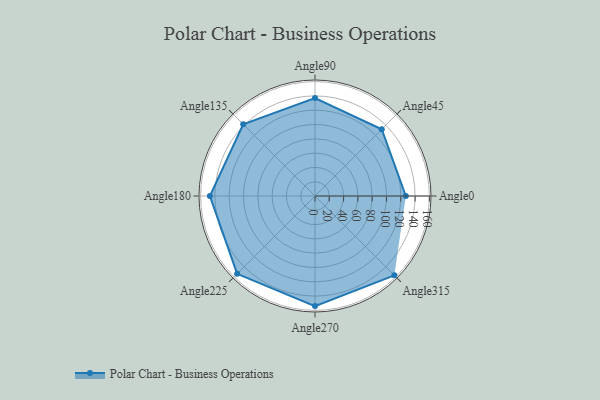
{"axis": {"x": "Angle", "y": "Radius"}, "legend": [""], "data": [{"x": "Angle0", "y": 127.0, "type": ""}, {"x": "Angle45", "y": 132.0, "type": ""}, {"x": "Angle90", "y": 137.0, "type": ""}, {"x": "Angle135", "y": 142.0, "type": ""}, {"x": "Angle180", "y": 147.0, "type": ""}, {"x": "Angle225", "y": 154.0, "type": ""}, {"x": "Angle270", "y": 154.0, "type": ""}, {"x": "Angle315", "y": 157.0, "type": ""}]}